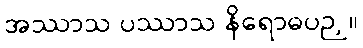
အဿာသ ပဿာသ နိရောဓပဉှ။